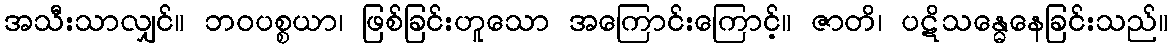
အသီးသာလျှင်။ ဘဝပစ္စယာ၊ ဖြစ်ခြင်းဟူသော အကြောင်းကြောင့်။ ဇာတိ၊ ပဋိသန္ဓေနေခြင်းသည်။